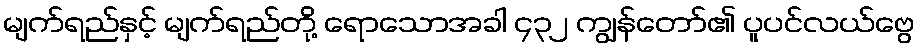
မျက်ရည်နှင့် မျက်ရည်တို့ ရောသောအခါ ၄၃၂ ကျွန်တော်၏ ပူပင်လယ်ဗွေ